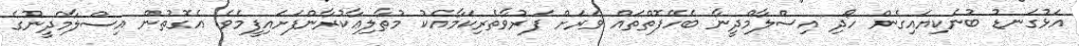
އަޅުގަނޑު ބުނެކިޔައިގެން ހޯދި އިސްލާމްދީނާ ބެހޭފޮތްތައް ވަރަށް ފަރުވާތެރިކަމާއެކު މުޠާލިޢާކުރާންފަށައިފީމެވެ. އެގޮތުން އިސްލާމްދީނުގެ